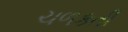
ચળકતી